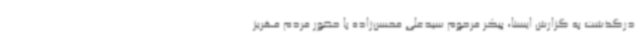
درگذشت به گزارش ایسنا، پیکر مرحوم سیدعلی محسن‌زاده با حضور مردم مهریز